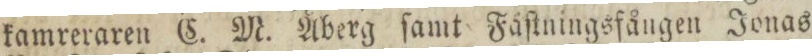
kamreraren C. M. Åberg ſamt Fäſtningsfången Jonas